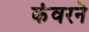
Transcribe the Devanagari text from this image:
कंवरने